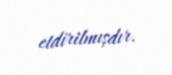
etdirilmışdır.